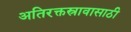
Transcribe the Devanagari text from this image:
अतिरक्तस्रावासाठी